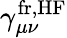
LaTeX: \gamma_{\mu\nu}^{\mathrm{fr,HF}}